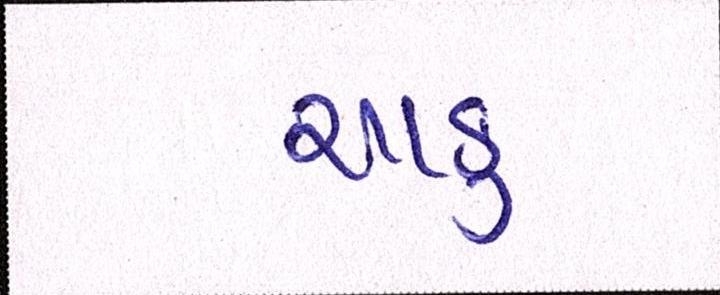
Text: ચાકુ